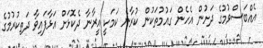
އެއްބަސްވުމުގެ ދަށުން އެހެން ގައުމުތަކުން ކުރާނެ ކަމަކީ އީރާނާ ދެކޮޅަށް އަޅާފައިވާ ދަތިކުރުމުގެ